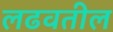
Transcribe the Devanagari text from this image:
लढवतील